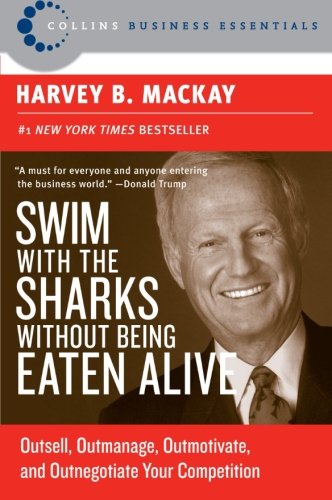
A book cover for Swim with the Sharks Without Being Eaten Alive: Outsell, Outmanage, Outmotivate, and Outnegotiate Your Competition (Collins Business Essentials); Harvey B. Mackay; Business & Money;